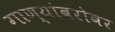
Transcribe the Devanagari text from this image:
गाण्यांबरोबर